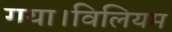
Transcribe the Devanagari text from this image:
गया।विलियम